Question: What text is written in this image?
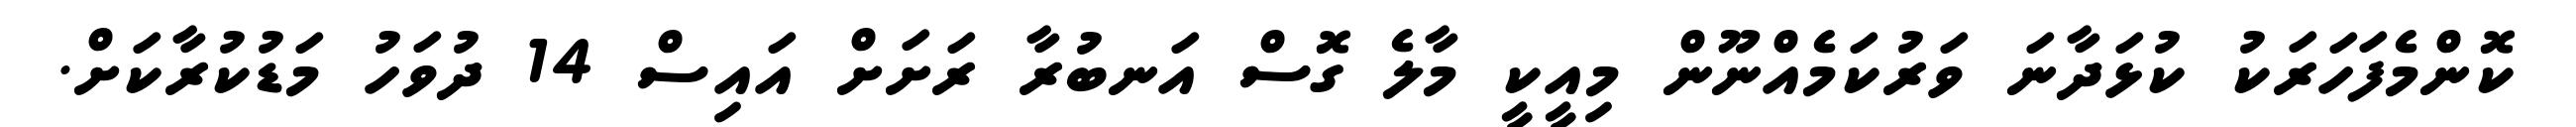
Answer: ކޮންމެފަހަރަކު ކުޅަދާނަ ވަރުކަމެއްނޫން މިއީކީ މާލެ ގޮސް އަނބުރާ ރަށަށް އައިސް 14 ދުވަހު މަޑުކުރާކަށް.